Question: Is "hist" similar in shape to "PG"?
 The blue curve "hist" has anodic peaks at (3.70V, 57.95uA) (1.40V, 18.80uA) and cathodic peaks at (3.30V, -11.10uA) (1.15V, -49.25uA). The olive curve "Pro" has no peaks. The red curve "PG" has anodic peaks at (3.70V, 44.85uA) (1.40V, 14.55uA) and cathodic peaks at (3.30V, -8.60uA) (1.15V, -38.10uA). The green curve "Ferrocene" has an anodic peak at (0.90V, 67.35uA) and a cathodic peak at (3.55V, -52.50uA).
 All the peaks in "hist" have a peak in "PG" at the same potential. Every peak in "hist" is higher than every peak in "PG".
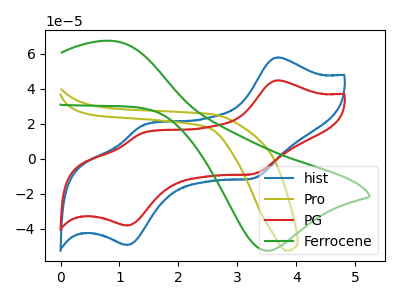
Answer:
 <answer>"hist" and "PG" are similar in shape.</answer>
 <eval>same_shape</eval>